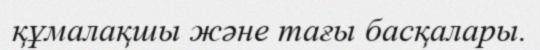
құмалақшы және тағы басқалары.